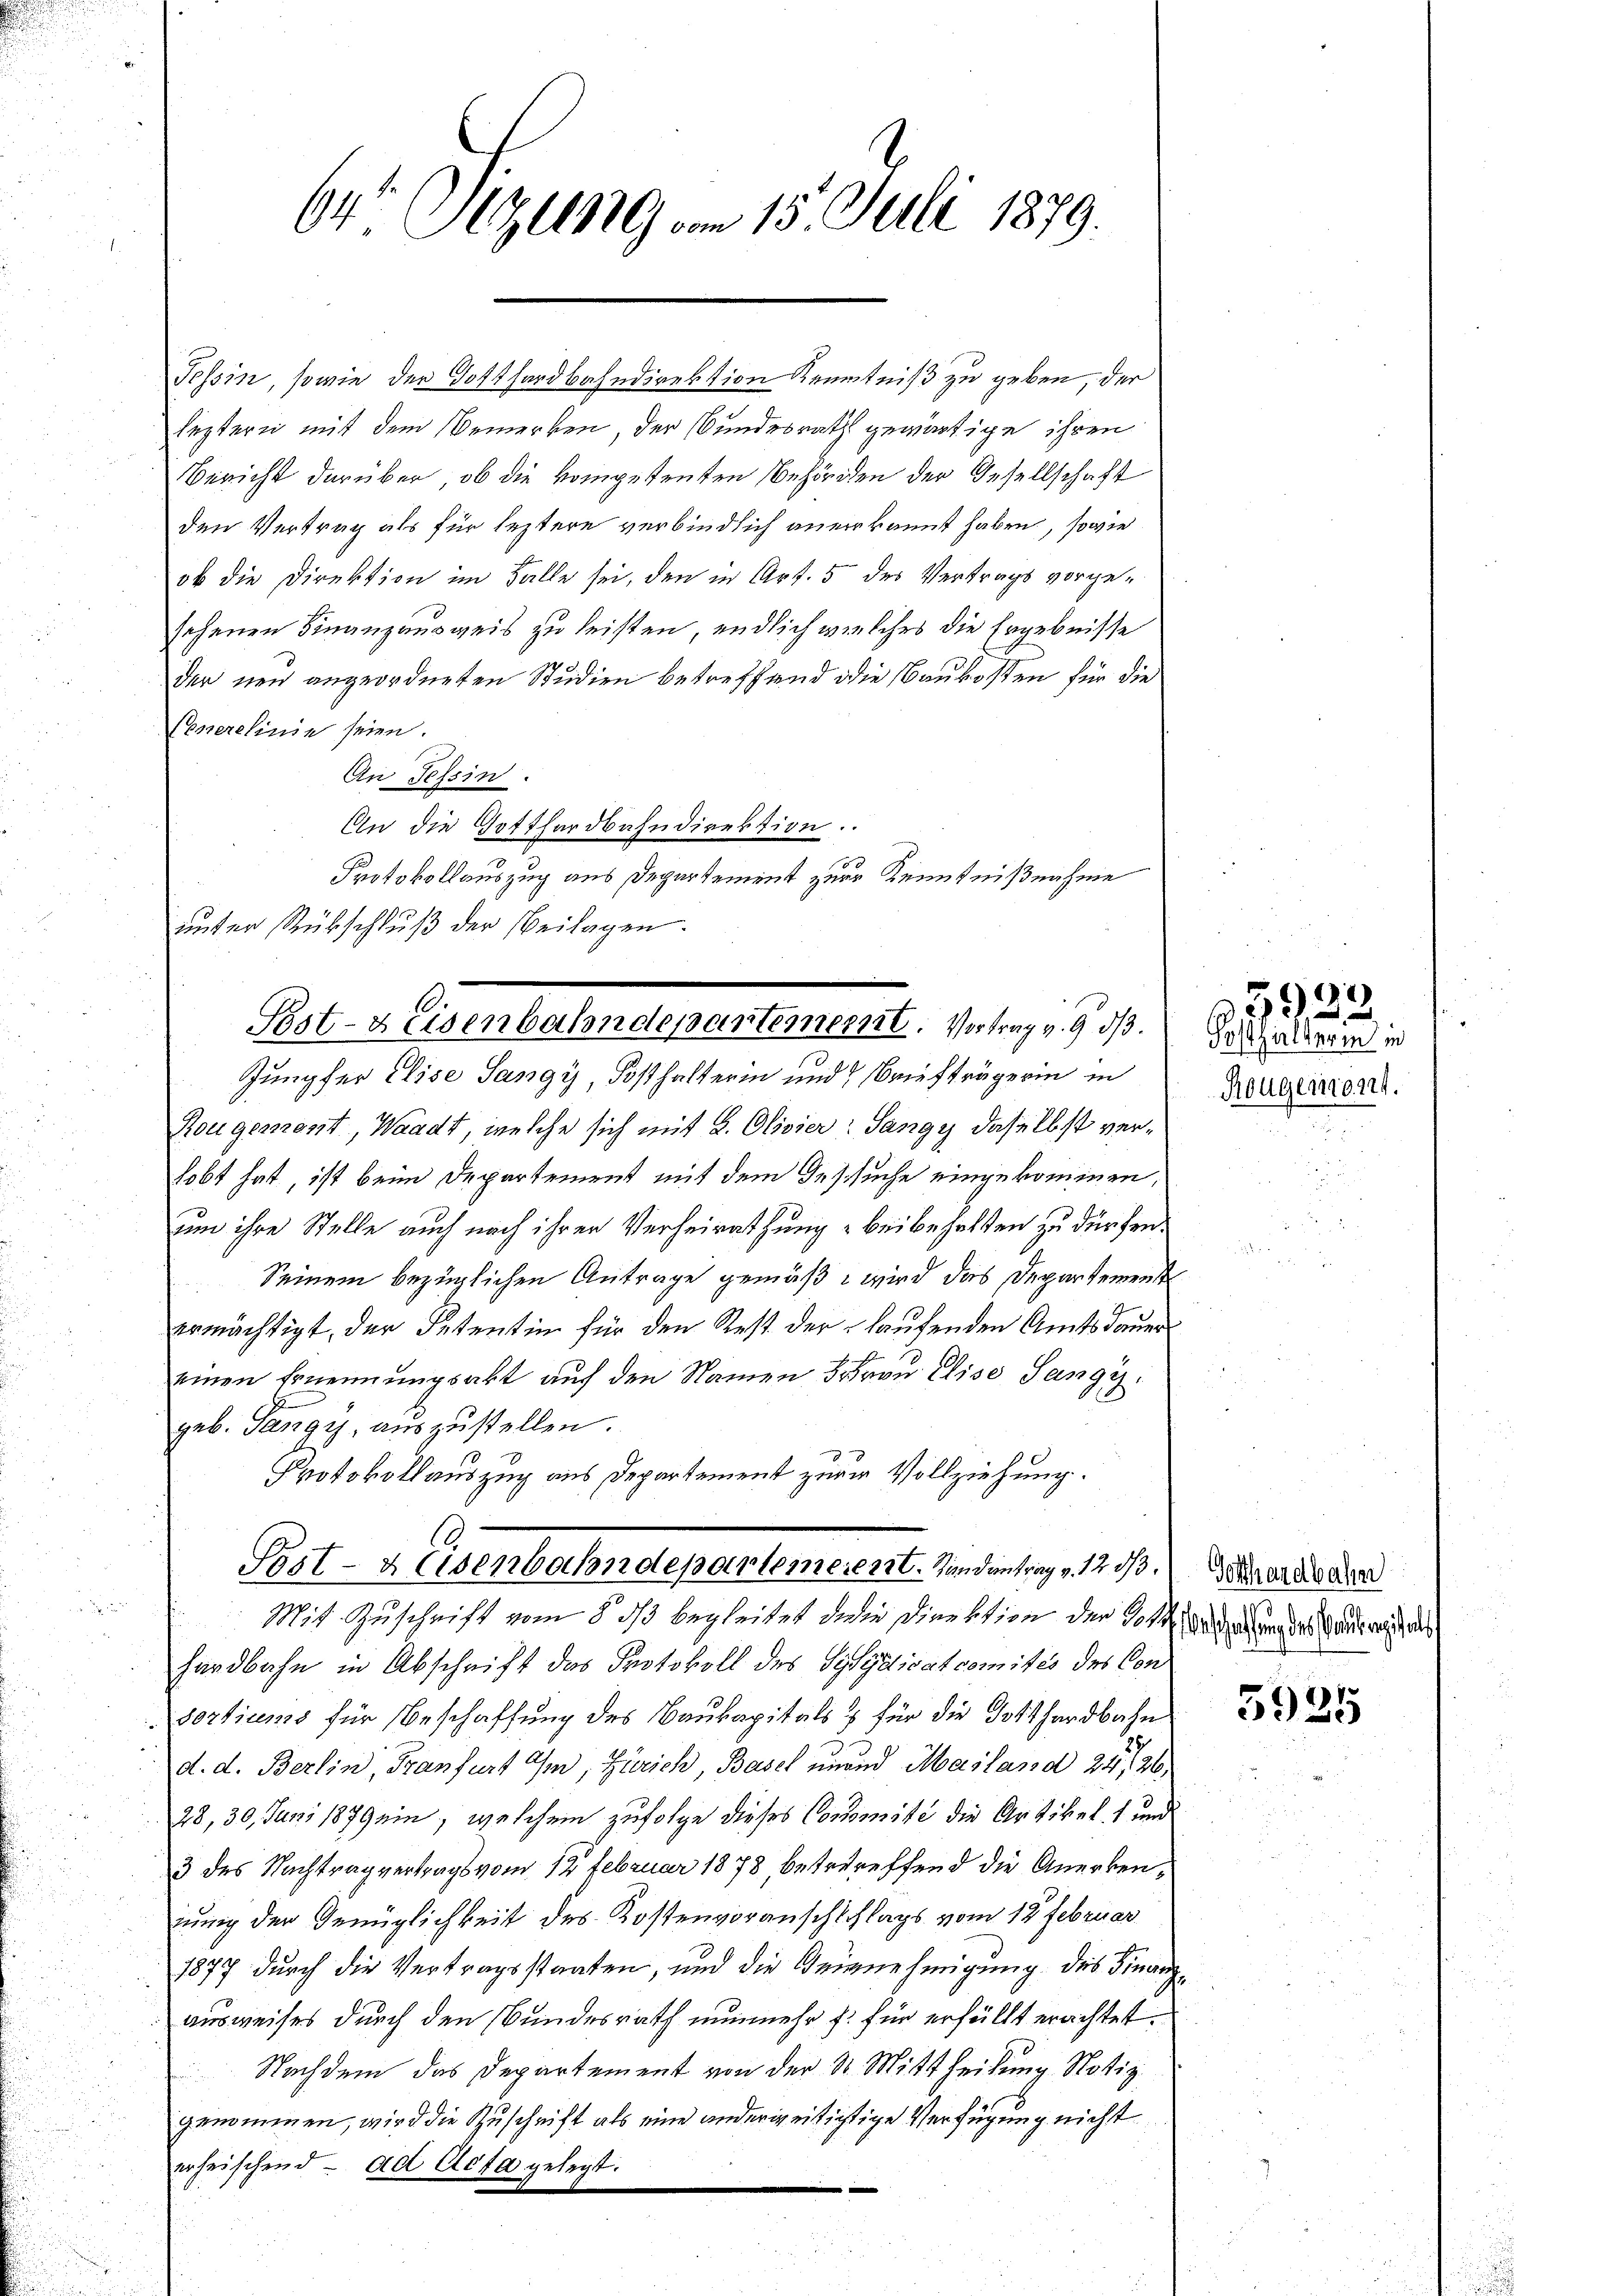
64 Sitzung am 15. Juli 1879.

Tessin, sowie der Gotthardbahndirektion Kenntniß zu geben, der
leztern mit dem Bemerken, der Bundesrath gewärtige ihren
Bericht darüber, ob die kompetenten Behörden der Gesellschaft
den Vertrag als für leztere verbindlich anerkannt haben, sowie
ob die Direktion im Falle sei, den in Art. 5 des Vertrags vorgesehenen Finanzausweis zu leisten, endlich wielches die Ergebnisse
der neu angeordneten Studien betreffend die Baukosten für die
Conerelinie seien.
An Tessin.
An die Gotthardbahndirektion.
Protokollauszug aus Departement zur Kenntnißnahme
Jungfer Elise Sangy, Posthalterin und Baufträgerin in
Hougement, Waadt, welche sich mit 2. Olivier- Sangy daselbst verlobt hat, ist beim Departement mit dem Gesuche eingekommen,
um ihre Stelle auch nach ihrer Verheirathung beibehalten zu dürfen.
Seinem bezüglichen Antrage gemäß wird das Departement
ermächtigt, der Petentin für den Rest der laufenden Amtsdauer
einen Ernennungsakt auf den Namen 3 Frau Elise Sangy
geb. Tangy, auszustellen.
Protokollauszug aus Departement zur Vollziehung.
Bst- u. Eisenbahndepartemerent. Hindentrag. 1250. Petendenden
Mit Zuschrift vom 8. ds begleitet die Direktion der Standern und des Gute wird, als
hardbahn in Abschrift das Protokoll des Sylydicatcomités des Consortiums für Beschaffung des Baukapitals & für die Dotthardbahn
d. d. Berlin, Franfurt I, Zürich, Basel einend Masland 24 f 26,
28, 30. Juni 1879 ein, welchem zufolge dieses Conseite die Artikel 1 und
3 des Nachtrag vertrags vom 12 Februar 1878, betretreffend die Anerkennung der Genüglichkeit des Kostenvoranschschlags vom 12. Februar
1877 durch die Vertragsstaaten, und die Gernehmigung des Finanzausweises durch den Bundesrath nunmehr f. für erfüllt erachtet.
Nachdem das Departement von der St. Mittheilung Notiz
genommen, wird die Zuschrift als eine anderseitigtige Verfügung nicht
erheischend ad Acta gelegt.

unter Rükschluß der Beilagen.
.
Post-Heisenbahndepartement. Vortrag v. 9. dβ.

Salfallen in
Rougemont.

3933.

5925